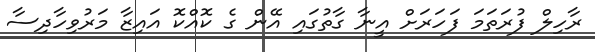
ރާހިލް ފުރަތަމަ ފަހަރަށް އީނާ ގާތުގައި އޭން ގެ ކޮއްކޮ އައިޒާ މަރުވިހާދިސާ